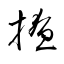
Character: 撩